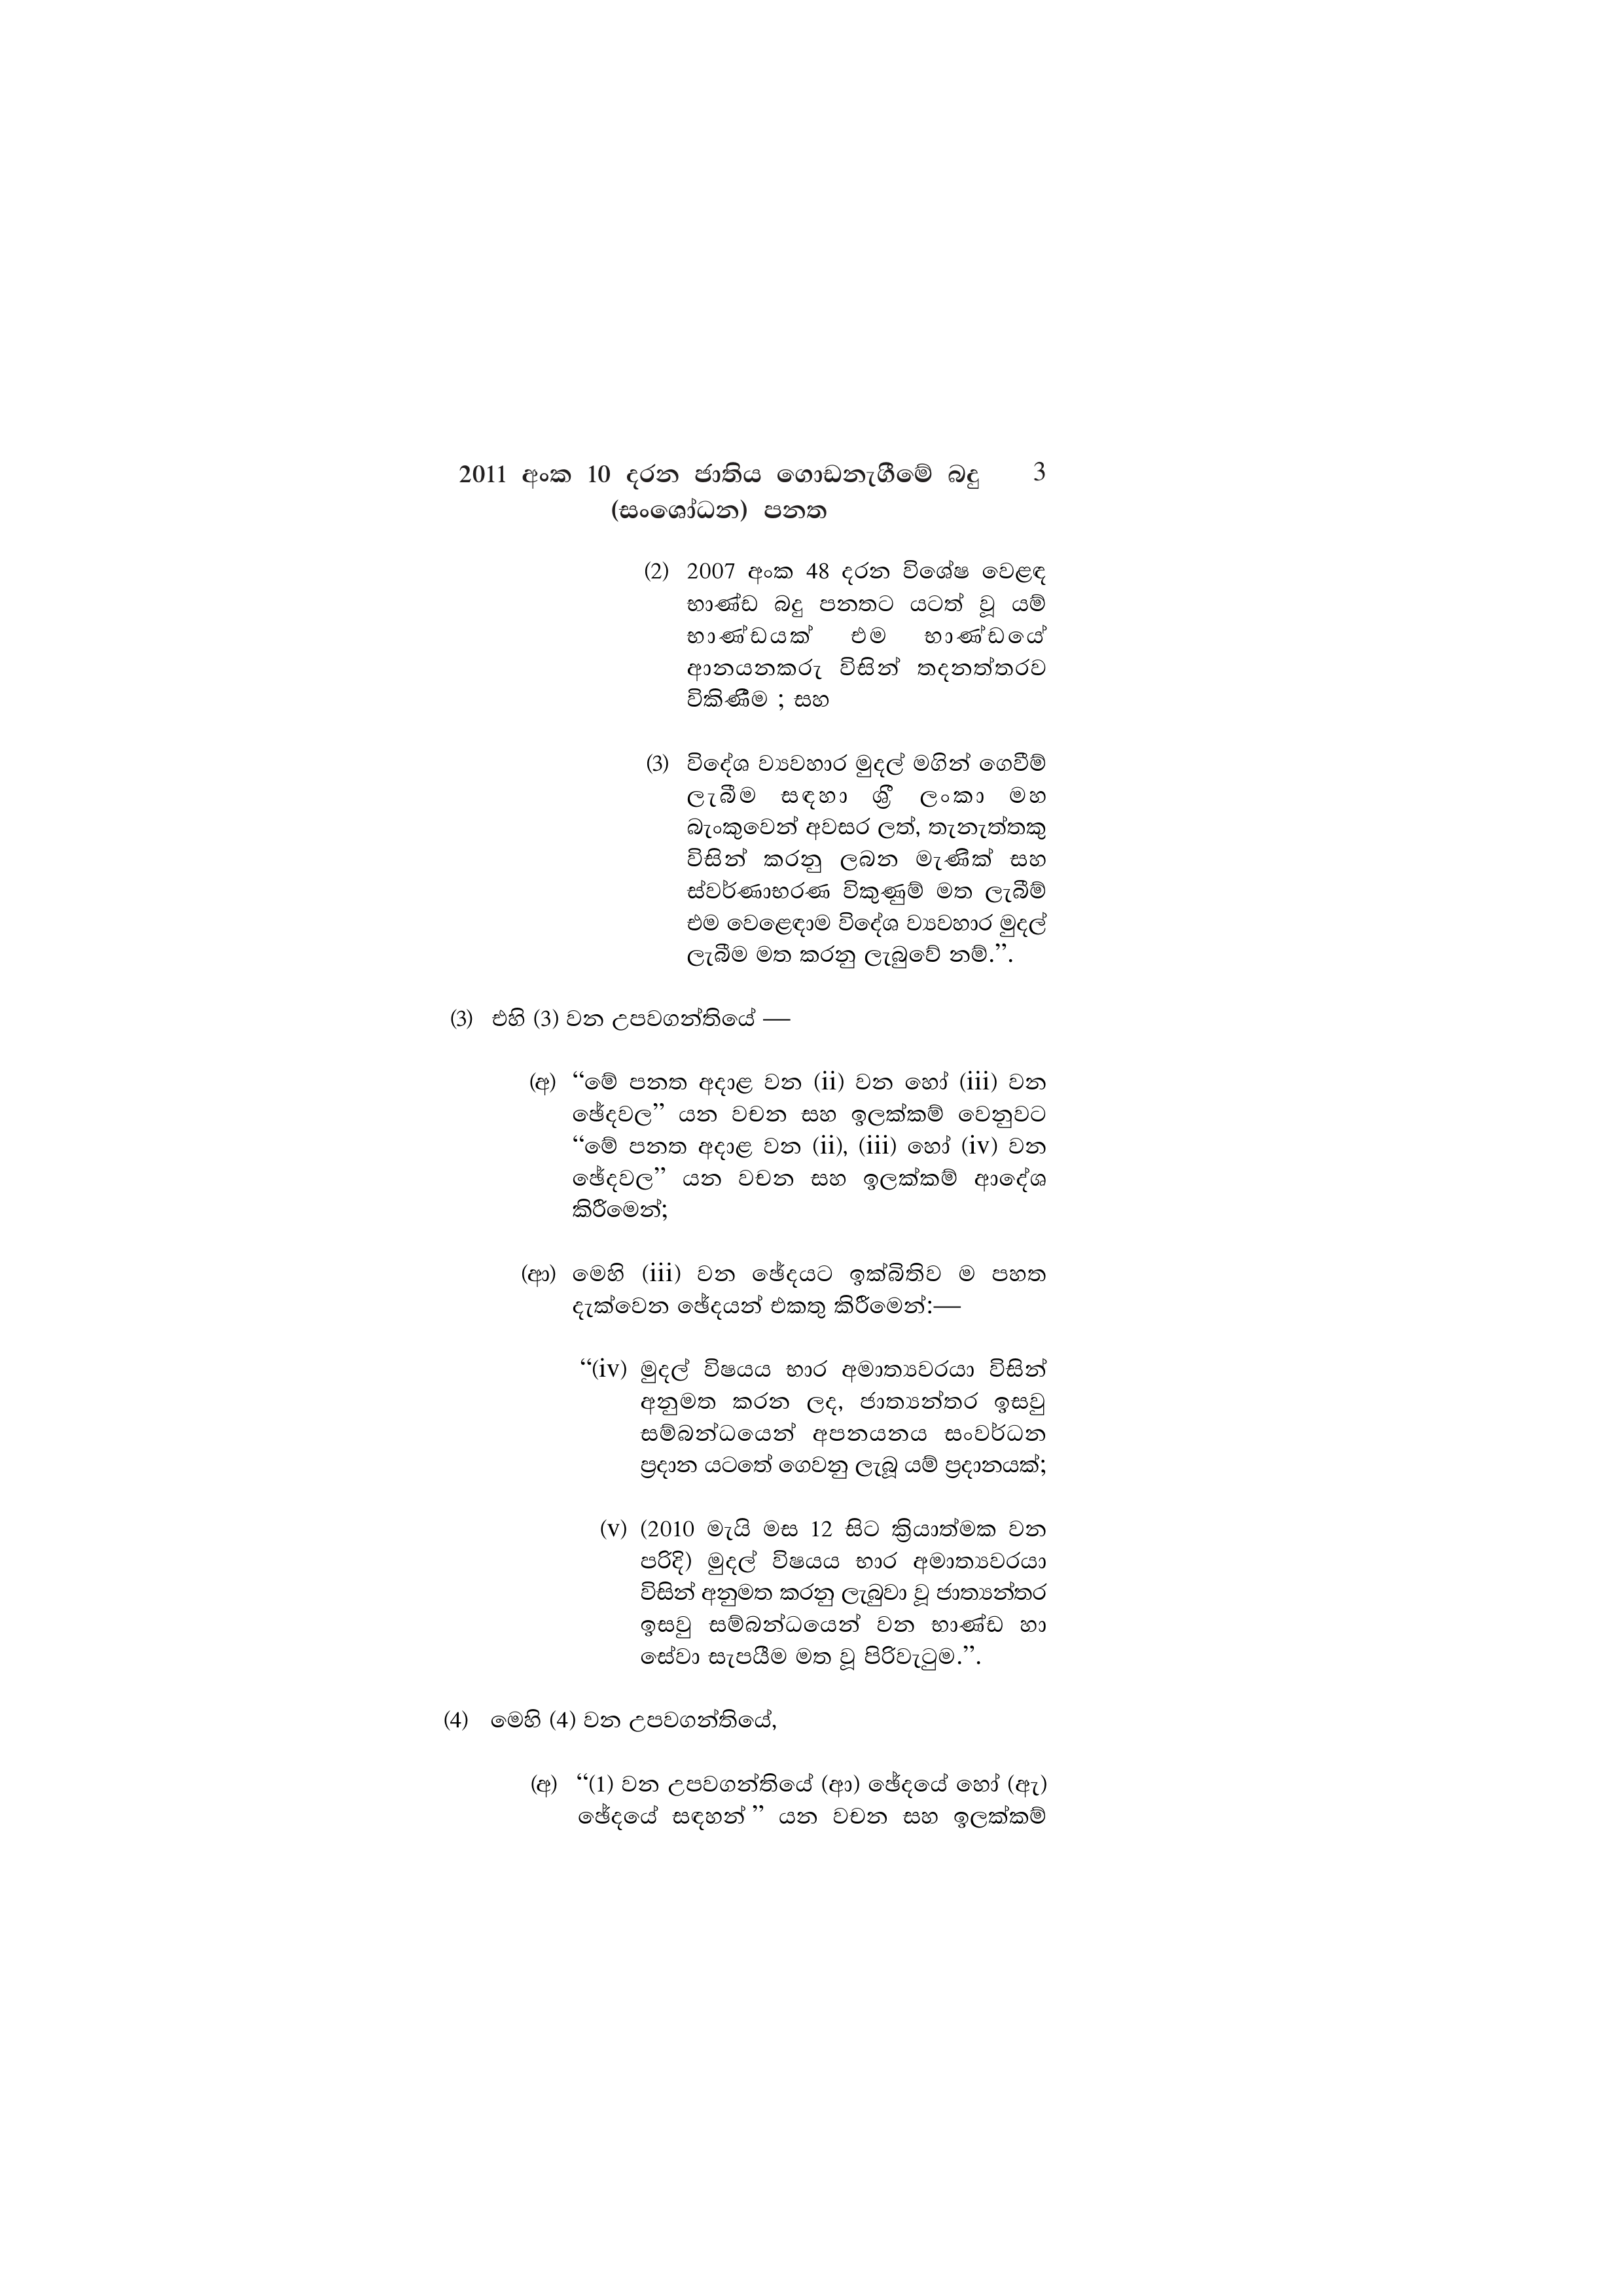
2011 අංක 10 දරන ජාතිය ගොඩනැගීමේ බදු 3
(සංශෝධන) පනත

(2) 2007 අංක 48 දරන විශේෂ වෙළඳ
භාණ්ඩ බදු පනතට යටත් වූ යම්
භාණ්ඩයක් එම භාණ්ඩයේ
ආනයනකරු විසින් තදනත්තරව
විකිණීම ; සහ

(3) විදේශ ව්‍යවහාර මුදල් මගින් ගෙවීම්
ලැබීම සඳහා ශ්‍රී ලංකා මහ
බැංකුවෙන් අවසර ලත්, තැනැත්තකු
විසින් කරනු ලබන මැණික් සහ
ස්වර්ණාභරණ විකුණුම් මත ලැබීම්
එම වෙළෙඳාම විදේශ ව්‍යවහාර මුදල්
ලැබීම මත කරනු ලැබුවේ නම්.”.

(3) එහි (3) වන උපවගන්තියේ -

(අ) "මේ පනත අදාළ වන (ii) වන හෝ (iii) වන
ඡේදවල” යන වචන සහ ඉලක්කම් වෙනුවට
“මේ පනත අදාළ වන (ii), (iii) හෝ (iv) වන
ඡේදවල” යන වචන සහ ඉලක්කම් ආදේශ
කිරීමෙන්;

(ආ) මෙහි (iii) වන ඡේදයට ඉක්බිතිව ම පහත
දැක්වෙන ඡේදයන් එකතු කිරීමෙන්:—

“(iv) මුදල් විෂයය භාර අමාත්‍යවරයා විසින්
අනුමත කරන ලද, ජාත්‍යන්තර ඉසවු
සම්බන්ධයෙන් අපනයනය සංවර්ධන
ප්‍රදාන යටතේ ගෙවනු ලැබූ යම් ප්‍රදානයක්;

(v) (2010 මැයි මස 12 සිට ක්‍රියාත්මක වන
පරිදි) මුදල් විෂයය භාර අමාත්‍යවරයා
විසින් අනුමත කරනු ලැබුවා වූ ජාත්‍යන්තර
ඉසවු සම්බන්ධයෙන් වන භාණ්ඩ හා
සේවා සැපයීම මත වූ පිරිවැටුම.”.

(4) මෙහි (4) වන උපවගන්තියේ,

(අ) “(1) වන උපවගන්තියේ (ආ) ඡේදයේ හෝ (ඇ)
ඡේදයේ සඳහන් ” යන වචන සහ ඉලක්කම්